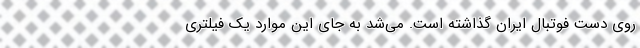
روی دست فوتبال ایران گذاشته است. می‌شد به جای این موارد یک فیلتری